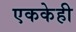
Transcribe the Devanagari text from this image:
एककेही